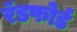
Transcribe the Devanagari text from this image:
रॅडफोर्ड